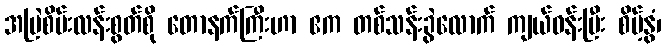
အမြဲစိမ်းလန်းစွတ်စို တောနက်ကြီးဟာ ဧက တစ်သန်းခွဲလောက် ကျယ်ဝန်းပြီး စိမ့်နွံ၊